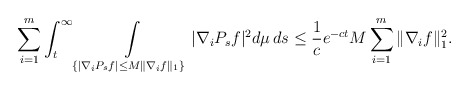
\begin{align*} \sum_{i=1}^m \int_t^{\infty} \int\limits_{\{ | \nabla_i P_s f | \leq M \|\nabla_i f \|_1 \}} |\nabla_i P_s f|^2 d\mu \, ds\leq \frac{1}{c} e^{-ct} M \sum_{i=1}^m \| \nabla_i f \|_1^2.\end{align*}